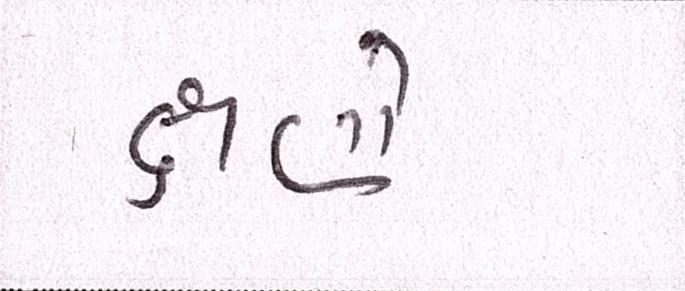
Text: ક્ષણે